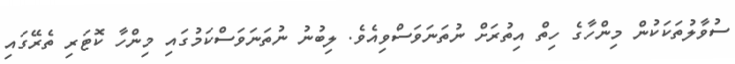
ސުވާލުތަކަކުން މިންހާގެ ހިތް އިތުރަށް ނުތަނަވަސްވިއެވެ. ލިބުނު ނުތަނަވަސްކަމުގައި މިންހާ ކޮޓަރި ތެރޭގައި